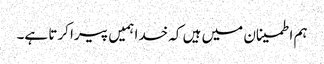
ہم اطمینان میں ہیں کہ خدا ہمیں پیرا کرتا ہے۔